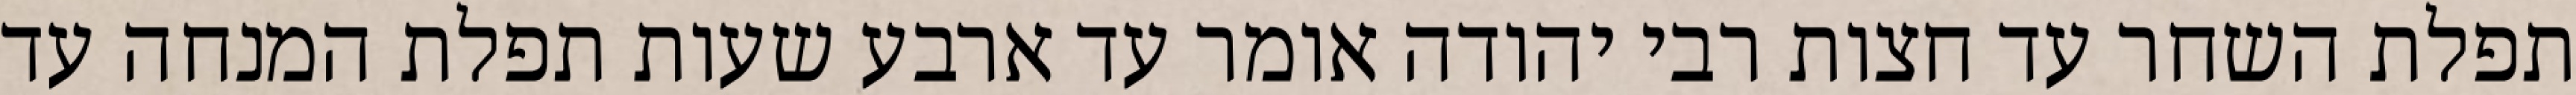
תפלת השחר עד חצות רבי יהודה אומר עד ארבע שעות תפלת המנחה עד